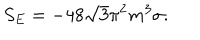
LaTeX: S _ { E } = - 4 8 \sqrt { 3 } { \pi } ^ { 2 } m ^ { 3 } \sigma .